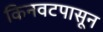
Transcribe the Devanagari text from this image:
किनवटपासून